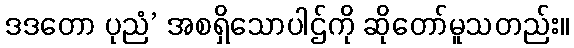
ဒဒတော ပုညံ’ အစရှိသောပါဌ်ကို ဆိုတော်မူသတည်း။